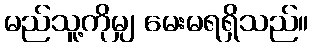
မည်သူ့ကိုမျှ မေးမရရှိသည်။